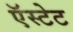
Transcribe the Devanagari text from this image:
ऍस्टेट